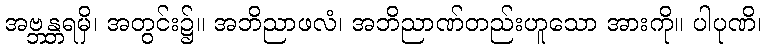
အဗ္ဘန္တရမှိ၊ အတွင်း၌။ အဘိညာဖလံ၊ အဘိညာဏ်တည်းဟူသော အားကို။ ပါပုဏိ၊